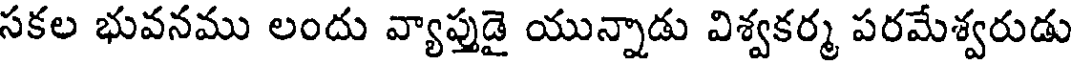
సకల భువనము లందు వ్యాప్తుడై యున్నాడు విశ్వకర్మ పరమేశ్వరుడు